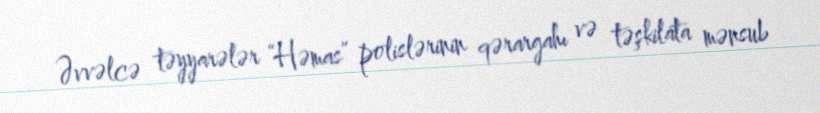
Əvvəlcə təyyarələr “Həmas” polislərinin qərargahı və təşkilata mənsub